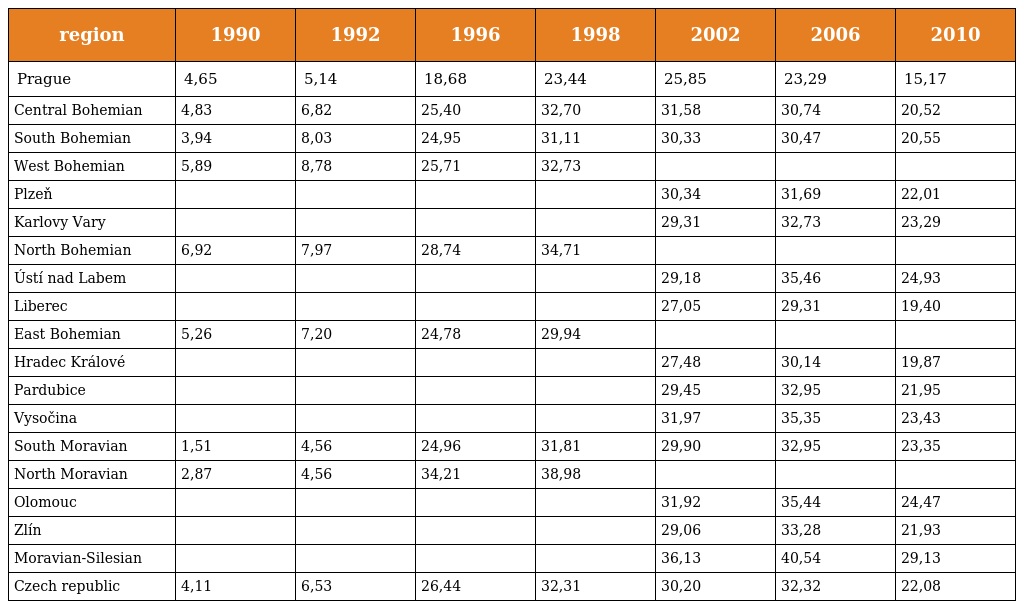
| region | 1990 | 1992 | 1996 | 1998 | 2002 | 2006 | 2010 |
 | --- | --- | --- | --- | --- | --- | --- | --- |
 | Prague | 4,65 | 5,14 | 18,68 | 23,44 | 25,85 | 23,29 | 15,17 |
 | Central Bohemian | 4,83 | 6,82 | 25,40 | 32,70 | 31,58 | 30,74 | 20,52 |
 | South Bohemian | 3,94 | 8,03 | 24,95 | 31,11 | 30,33 | 30,47 | 20,55 |
 | West Bohemian | 5,89 | 8,78 | 25,71 | 32,73 |  |  |  |
 | Plzeň |  |  |  |  | 30,34 | 31,69 | 22,01 |
 | Karlovy Vary |  |  |  |  | 29,31 | 32,73 | 23,29 |
 | North Bohemian | 6,92 | 7,97 | 28,74 | 34,71 |  |  |  |
 | Ústí nad Labem |  |  |  |  | 29,18 | 35,46 | 24,93 |
 | Liberec |  |  |  |  | 27,05 | 29,31 | 19,40 |
 | East Bohemian | 5,26 | 7,20 | 24,78 | 29,94 |  |  |  |
 | Hradec Králové |  |  |  |  | 27,48 | 30,14 | 19,87 |
 | Pardubice |  |  |  |  | 29,45 | 32,95 | 21,95 |
 | Vysočina |  |  |  |  | 31,97 | 35,35 | 23,43 |
 | South Moravian | 1,51 | 4,56 | 24,96 | 31,81 | 29,90 | 32,95 | 23,35 |
 | North Moravian | 2,87 | 4,56 | 34,21 | 38,98 |  |  |  |
 | Olomouc |  |  |  |  | 31,92 | 35,44 | 24,47 |
 | Zlín |  |  |  |  | 29,06 | 33,28 | 21,93 |
 | Moravian-Silesian |  |  |  |  | 36,13 | 40,54 | 29,13 |
 | Czech republic | 4,11 | 6,53 | 26,44 | 32,31 | 30,20 | 32,32 | 22,08 |